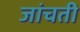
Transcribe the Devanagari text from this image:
जांचती